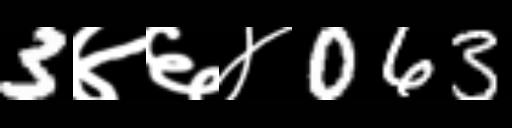
Text: 3४६४063